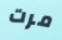
مرت